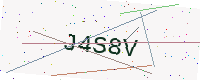
Text: J4S8V